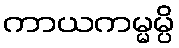
ကာယကမ္မမ္ပိ